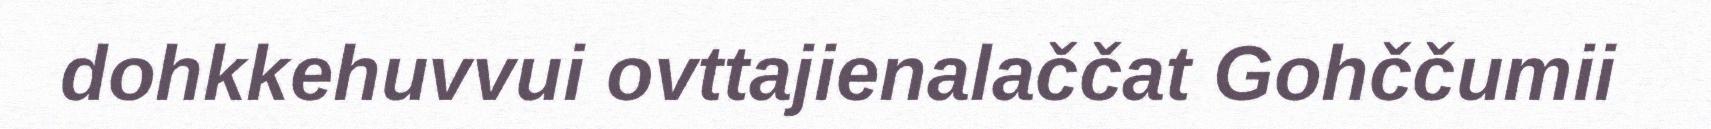
dohkkehuvvui ovttajienalaččat Gohččumii